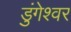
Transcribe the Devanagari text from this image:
डुंगेश्वर